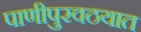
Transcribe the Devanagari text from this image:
पाणीपुरवठयात